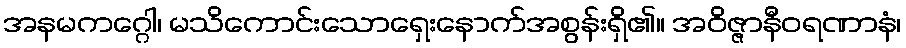
အနမကဂ္ဂေါ၊ မသိကောင်းသောရှေးနောက်အစွန်းရှိ၏။ အဝိဇ္ဇာနီဝရဏာနံ၊